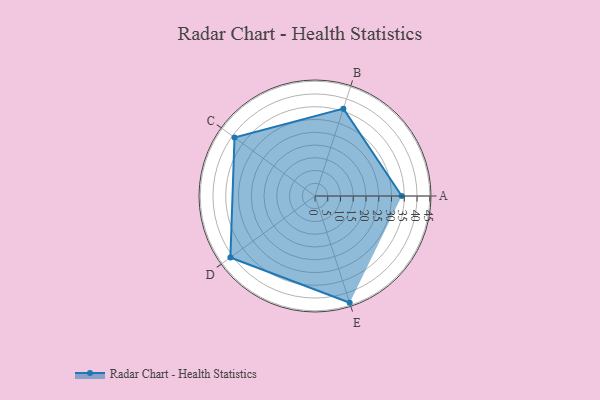
{"axis": {"x": "Skill", "y": "Score"}, "legend": ["Profile"], "data": [{"x": "A", "y": 34.0, "type": "Profile"}, {"x": "B", "y": 36.0, "type": "Profile"}, {"x": "C", "y": 39.0, "type": "Profile"}, {"x": "D", "y": 41.0, "type": "Profile"}, {"x": "E", "y": 44.0, "type": "Profile"}]}